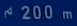
200m